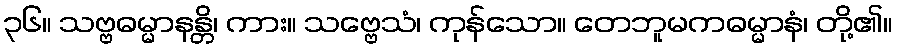
၃၆။ သဗ္ဗဓမ္မာနန္တိ၊ ကား။ သဗ္ဗေသံ၊ ကုန်သော။ တေဘူမကဓမ္မာနံ၊ တို့၏။